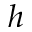
h